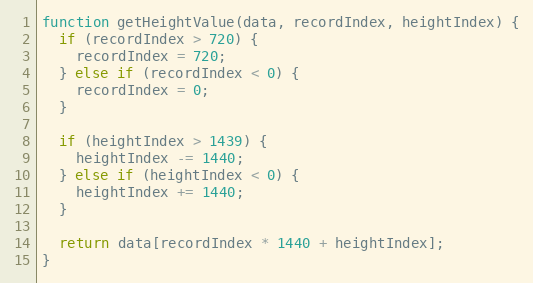
Language: JavaScript
function getHeightValue(data, recordIndex, heightIndex) {
  if (recordIndex > 720) {
    recordIndex = 720;
  } else if (recordIndex < 0) {
    recordIndex = 0;
  }

  if (heightIndex > 1439) {
    heightIndex -= 1440;
  } else if (heightIndex < 0) {
    heightIndex += 1440;
  }

  return data[recordIndex * 1440 + heightIndex];
}